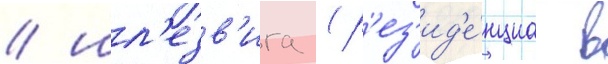
/ шл'езв'ига (р'ез'ид'е́нциа в